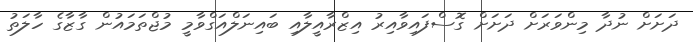
ދަށަށް ނުދާ މިންވަރަށް ދަށަށް ގޮސްފައިވާއިރު އިޒްރާއީލާއި ބައިނަލްއަގްވާމީ މުޖްތަމައުން ގާޒާގެ ހާލަތު